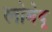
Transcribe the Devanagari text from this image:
लोबेदू